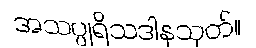
အသပ္ပုရိသဒါနသုတ်။